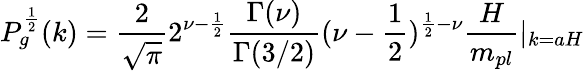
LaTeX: P_{g}^{\frac{1}{2}}(k)=\frac{2}{\sqrt{\pi}}2^{\nu-\frac{1}{2}}\frac{\Gamma(\nu)}{\Gamma(3/2)}(\nu-\frac{1}{2})^{\frac{1}{2}-\nu}\frac{H}{m_{pl}}|_{k=aH}